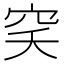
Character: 穾